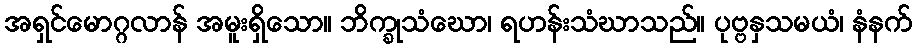
အရှင်မောဂ္ဂလာန် အမူးရှိသော။ ဘိက္ခုသံဃော၊ ရဟန်းသံဃာသည်။ ပုဗ္ဗနှသမယံ၊ နံနက်